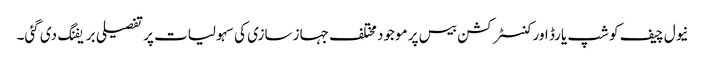
نیول چیف کو شپ یارڈ اور کنسٹرکشن بیس پر موجود مختلف جہاز سازی کی سہولیات پر تفصیلی بریفنگ دی گئی۔